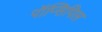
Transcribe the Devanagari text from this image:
पॉप्सिपिल